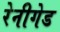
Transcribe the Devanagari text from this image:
रेनीगेड